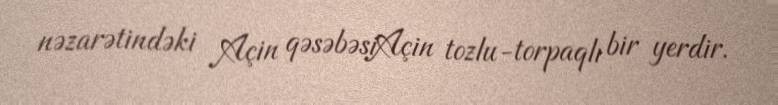
nəzarətindəki Açin qəsəbəsiAçin tozlu-torpaqlı bir yerdir.